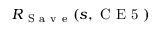
R _ { \mathrm { ~ S ~ a ~ v ~ e ~ } } ( s , \mathrm { ~ C ~ E ~ 5 ~ } )